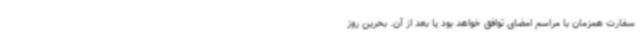
سفارت همزمان با مراسم امضای توافق خواهد بود یا بعد از آن. بحرین روز